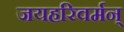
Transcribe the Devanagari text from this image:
जयहरिवर्मन्